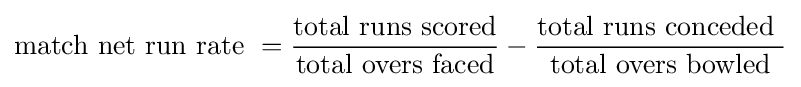
{\text{match net run rate }}={\frac {\text{total runs scored}}{\text{total overs faced}}}-{\frac {\text{total runs conceded }}{\text{total overs bowled}}}